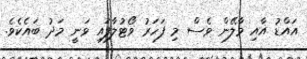
އައްޑު އާއި މާލޭން ވެސް މި ފަހަރު ވޯޓުލާފައި ވަނީ މަދު ބައެކެވެ.